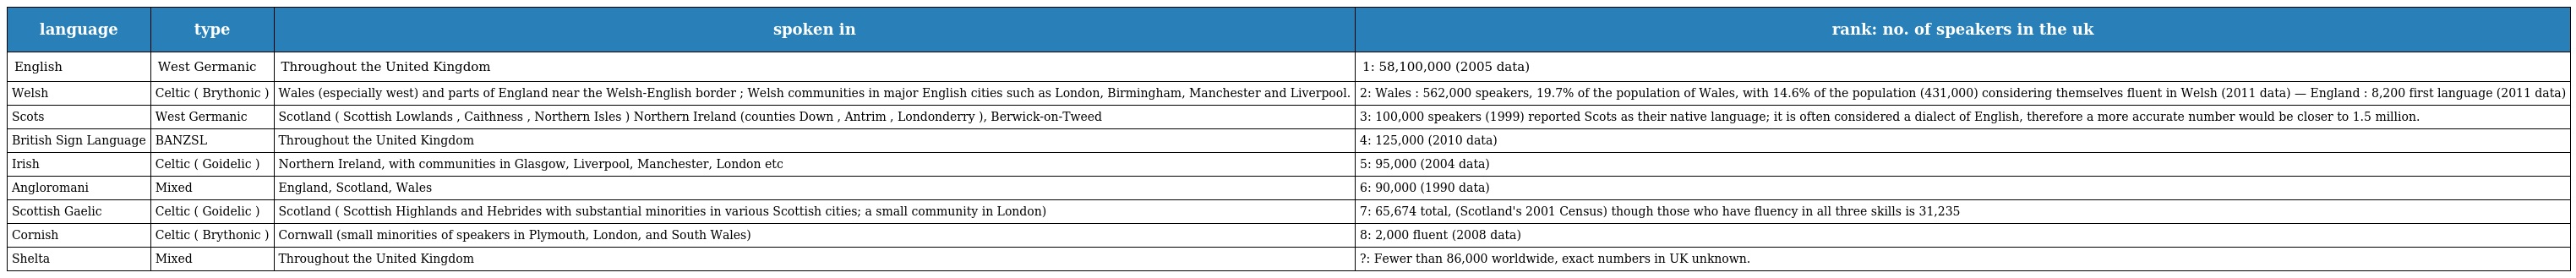
| language | type | spoken in | rank: no. of speakers in the uk |
 | --- | --- | --- | --- |
 | English | West Germanic | Throughout the United Kingdom | 1: 58,100,000 (2005 data) |
 | Welsh | Celtic ( Brythonic ) | Wales (especially west) and parts of England near the Welsh-English border ; Welsh communities in major English cities such as London, Birmingham, Manchester and Liverpool. | 2: Wales : 562,000 speakers, 19.7% of the population of Wales, with 14.6% of the population (431,000) considering themselves fluent in Welsh (2011 data) — England : 8,200 first language (2011 data) |
 | Scots | West Germanic | Scotland ( Scottish Lowlands , Caithness , Northern Isles ) Northern Ireland (counties Down , Antrim , Londonderry ), Berwick-on-Tweed | 3: 100,000 speakers (1999) reported Scots as their native language; it is often considered a dialect of English, therefore a more accurate number would be closer to 1.5 million. |
 | British Sign Language | BANZSL | Throughout the United Kingdom | 4: 125,000 (2010 data) |
 | Irish | Celtic ( Goidelic ) | Northern Ireland, with communities in Glasgow, Liverpool, Manchester, London etc | 5: 95,000 (2004 data) |
 | Angloromani | Mixed | England, Scotland, Wales | 6: 90,000 (1990 data) |
 | Scottish Gaelic | Celtic ( Goidelic ) | Scotland ( Scottish Highlands and Hebrides with substantial minorities in various Scottish cities; a small community in London) | 7: 65,674 total, (Scotland's 2001 Census) though those who have fluency in all three skills is 31,235 |
 | Cornish | Celtic ( Brythonic ) | Cornwall (small minorities of speakers in Plymouth, London, and South Wales) | 8: 2,000 fluent (2008 data) |
 | Shelta | Mixed | Throughout the United Kingdom | ?: Fewer than 86,000 worldwide, exact numbers in UK unknown. |